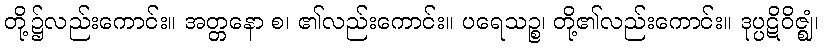
တို့၌လည်းကောင်း။ အတ္တနော စ၊ ၏လည်းကောင်း။ ပရေသဉ္စ၊ တို့၏လည်းကောင်း။ ဒုပ္ပဋိဝိဇ္ဈံ၊